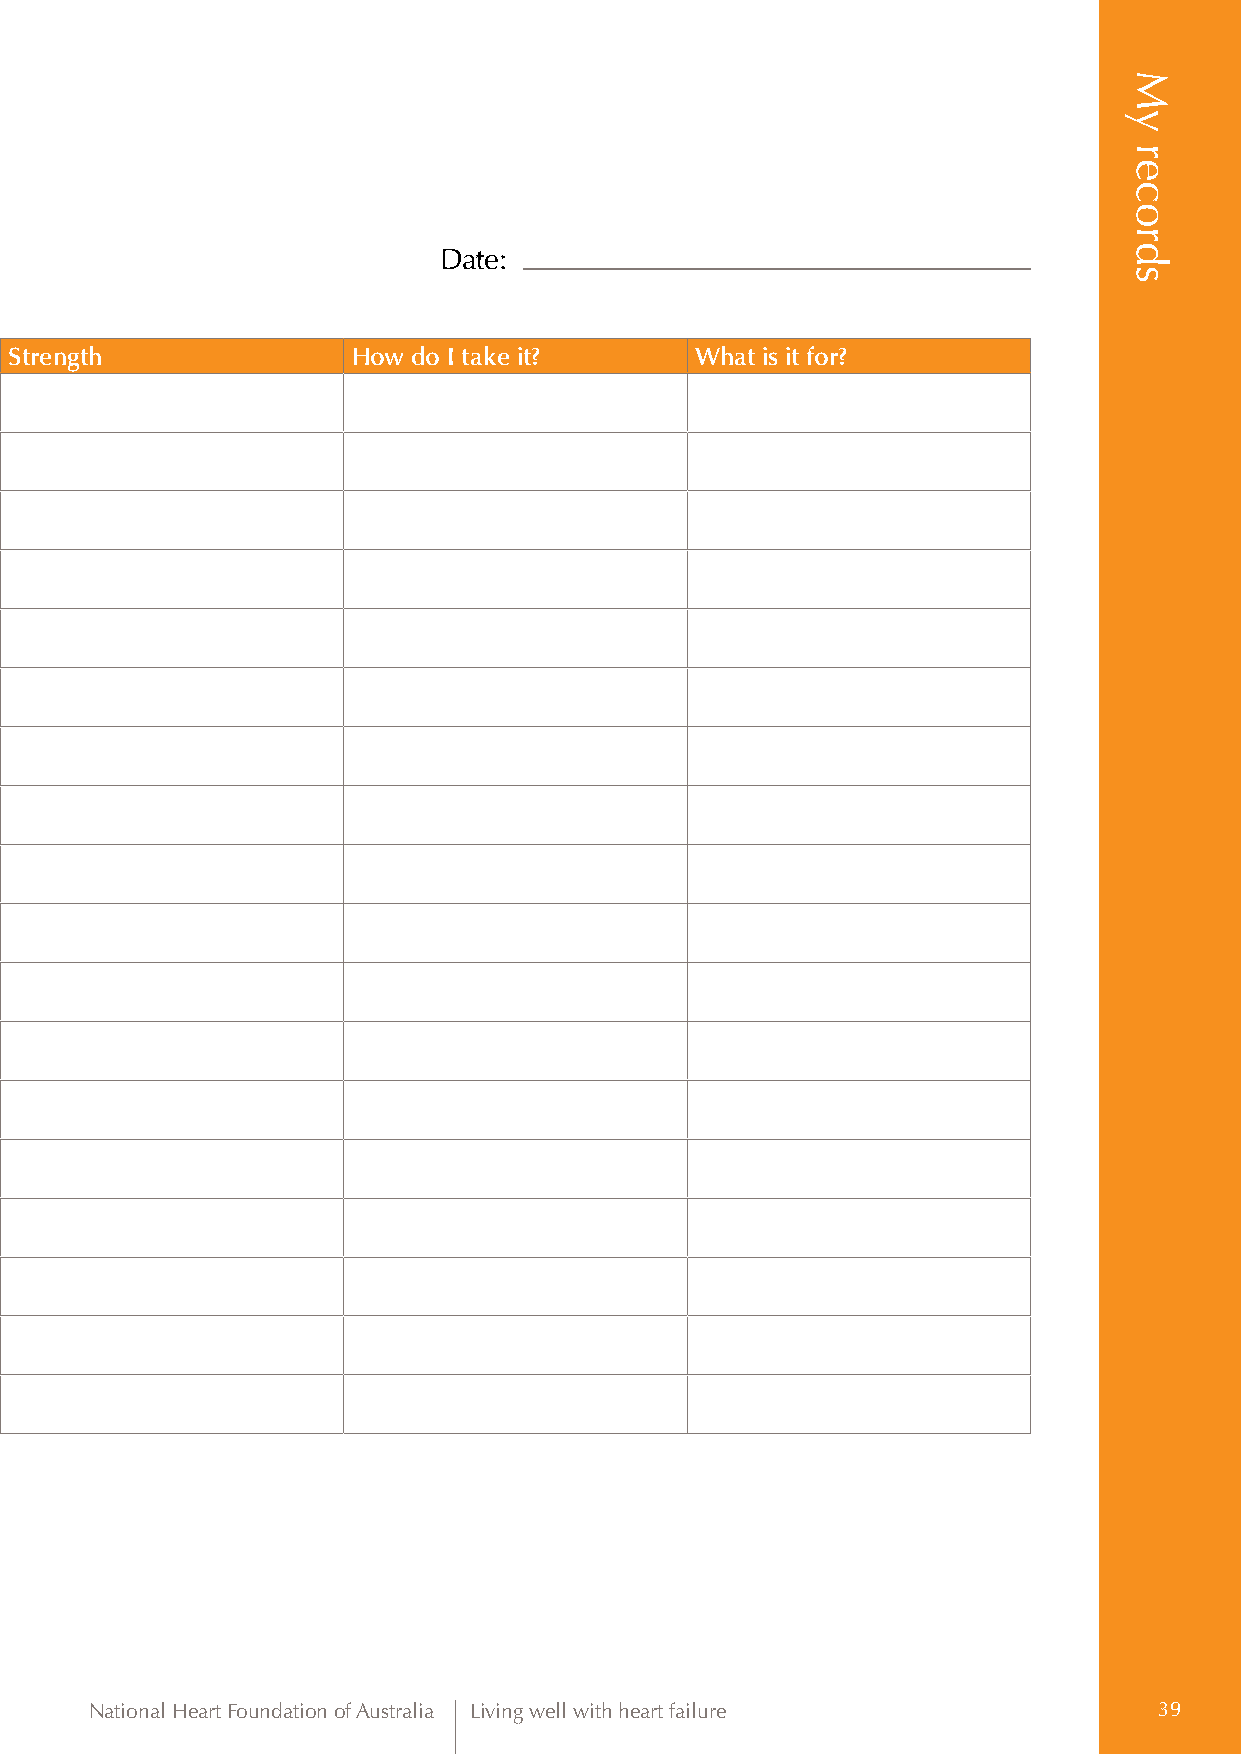
Date:
 Time Medicine name Brand name Strength How do I take it? What is it for?
 When needed
 National Heart Foundation of Australia Living well with heart failure  39
 My
 records